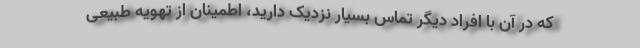
که در آن با افراد دیگر تماس بسیار نزدیک دارید، اطمینان از تهویه طبیعی